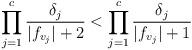
LaTeX: \begin{align*} \prod_{j=1}^c \frac{\delta_j}{|f_{v_j}|+2} < \prod_{j=1}^c \frac{\delta_j}{|f_{v_j}|+1} \end{align*}